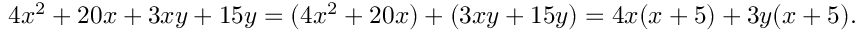
4 x ^ { 2 } + 2 0 x + 3 x y + 1 5 y = ( 4 x ^ { 2 } + 2 0 x ) + ( 3 x y + 1 5 y ) = 4 x ( x + 5 ) + 3 y ( x + 5 ) .